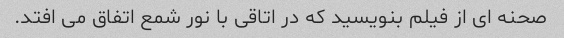
صحنه ای از فیلم بنویسید که در اتاقی با نور شمع اتفاق می افتد.